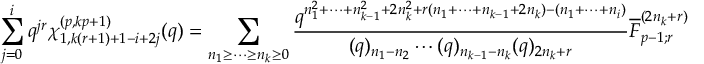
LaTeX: \sum _ { j = 0 } ^ { i } q ^ { j r } \chi _ { 1 , k ( r + 1 ) + 1 - i + 2 j } ^ { ( p , k p + 1 ) } ( q ) = \displaystyle \sum _ { n _ { 1 } \geq \cdots \geq n _ { k } \geq 0 } \frac { q ^ { n _ { 1 } ^ { 2 } + \cdots + n _ { k - 1 } ^ { 2 } + 2 n _ { k } ^ { 2 } + r ( n _ { 1 } + \cdots + n _ { k - 1 } + 2 n _ { k } ) - ( n _ { 1 } + \cdots + n _ { i } ) } } { ( q ) _ { n _ { 1 } - n _ { 2 } } \cdots ( q ) _ { n _ { k - 1 } - n _ { k } } ( q ) _ { 2 n _ { k } + r } } \overline { { { F } } } _ { p - 1 ; r } ^ { ( 2 n _ { k } + r ) } ( q ) .